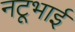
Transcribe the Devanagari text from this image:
नटूभाई